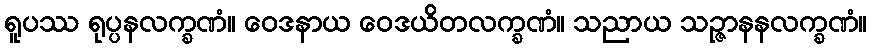
ရူပဿ ရုပ္ပနလက္ခဏံ။ ဝေဒနာယ ဝေဒယိတလက္ခဏံ။ သညာယ သဉ္ဇာနနလက္ခဏံ။